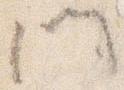
門